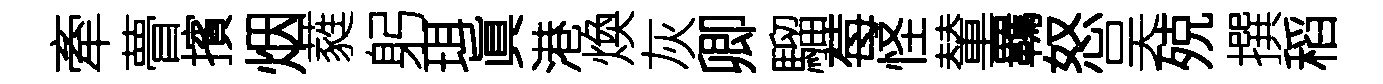
牽瞢擯烟蕤躬珥眞港煥灰卿騮莓怪輦覊怒吴殑撰稻